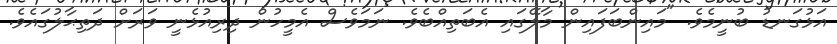
އަޅުގަނޑު ބުނީމެވެ. "މައިންބަފައިން މާލޭގައި އެބަތިއްބެވެ. ނަމަވެސް އެމީހުން ދިރިއުޅެނީ ވަރަށް ދަތިޙާލުގައެވެ.